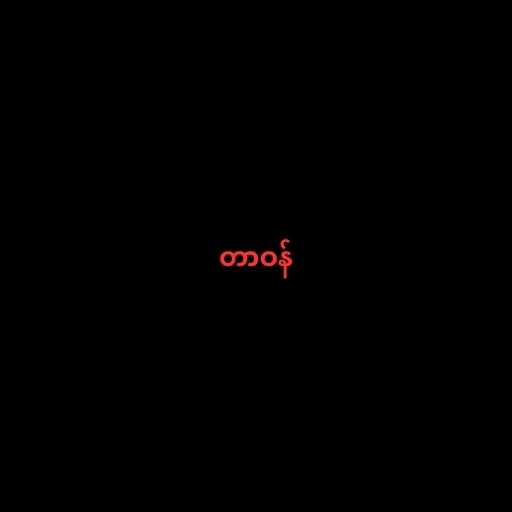
တာဝန်